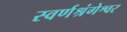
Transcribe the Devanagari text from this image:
स्वर्णश्रंगेश्वर